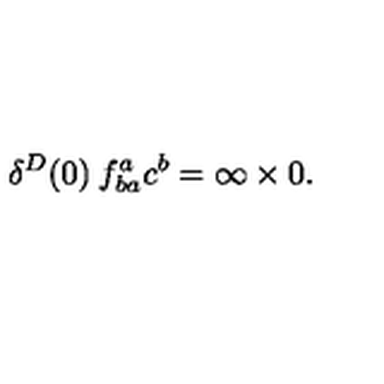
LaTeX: \delta ^ { D } ( 0 ) \: f _ { b a } ^ { a } c ^ { b } = \infty \times 0 .